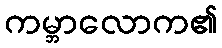
ကမ္ဘာလောက၏